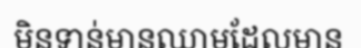
មិនទាន់មានឈាមដែលមាន